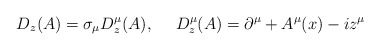
\begin{align*}D_z(A)=\sigma_\mu D^\mu_z(A),~~~~D_z^\mu(A)=\partial^\mu+A^\mu(x)-iz^\mu\end{align*}